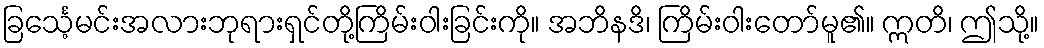
ခြင်္သေ့မင်းအလားဘုရားရှင်တို့ကြိမ်းဝါးခြင်းကို။ အဘိနဒိ၊ ကြိမ်းဝါးတော်မူ၏။ ဣတိ၊ ဤသို့။